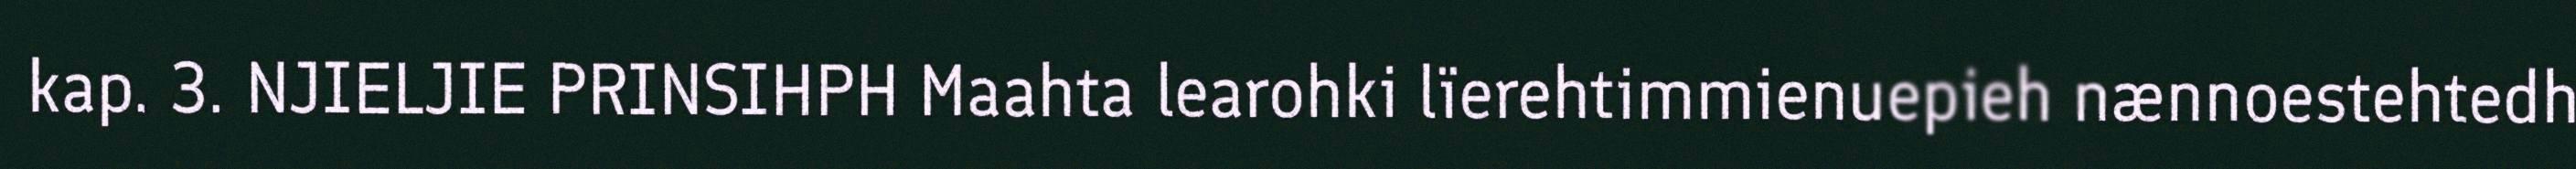
kap. 3. NJIELJIE PRINSIHPH Maahta learohki lïerehtimmienuepieh nænnoestehtedh